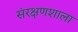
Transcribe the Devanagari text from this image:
संरक्षणशाला